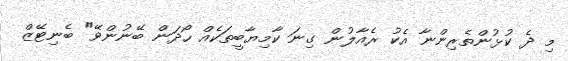
މި ދެ ކުޅުންތެރިންނާ އެކު ރެއާލުން ގިނަ ކާމިޔާބީތަކެއް ހޯދަން ބޭނުންވޭ" ބެނިޓޭޒް